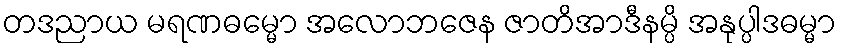
တဒညာယ မရဏဓမ္မော အလောဘဇေန ဇာတိအာဒီနမ္ပိ အနုပ္ပါဒဓမ္မာ